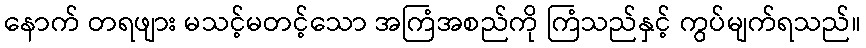
နောက် တရဖျား မသင့်မတင့်သော အကြံအစည်ကို ကြံသည်နှင့် ကွပ်မျက်ရသည်။